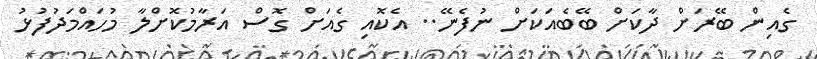
ގެއިން ބޭރަށް ދާކަށް ބޭބެއަކަށް ނުފެނޭ.. އެކޮއި ގެއަށް ގޮސް އަރާމުކޮށްލާ މުހައްމަދުފުޅު